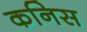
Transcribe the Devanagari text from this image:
कनिस